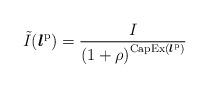
LaTeX: \begin{align*}\tilde{I}(\boldsymbol{l}^\mathrm{p}) = \frac{I} {\left(1+\rho\right)^{\mathrm{CapEx}(\boldsymbol{l}^\mathrm{p})}} \end{align*}